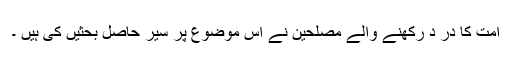
امت کا در د رکھنے والے مصلحین نے اس موضوع پر سیر حاصل بحثیں کی ہیں ۔